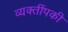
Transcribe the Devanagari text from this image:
व्यक्तींपकी